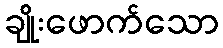
ချိုးဖောက်သော